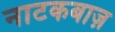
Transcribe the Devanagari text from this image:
नाटकबाज़